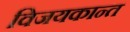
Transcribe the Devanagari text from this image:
विजयकान्त